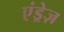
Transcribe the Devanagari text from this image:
एंड्रेज़